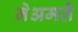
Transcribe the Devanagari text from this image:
नेअमतेें